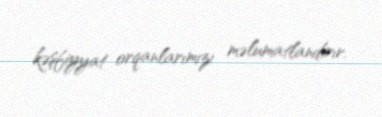
kəşfiyyat orqanlarımızı məlumatlandırır.